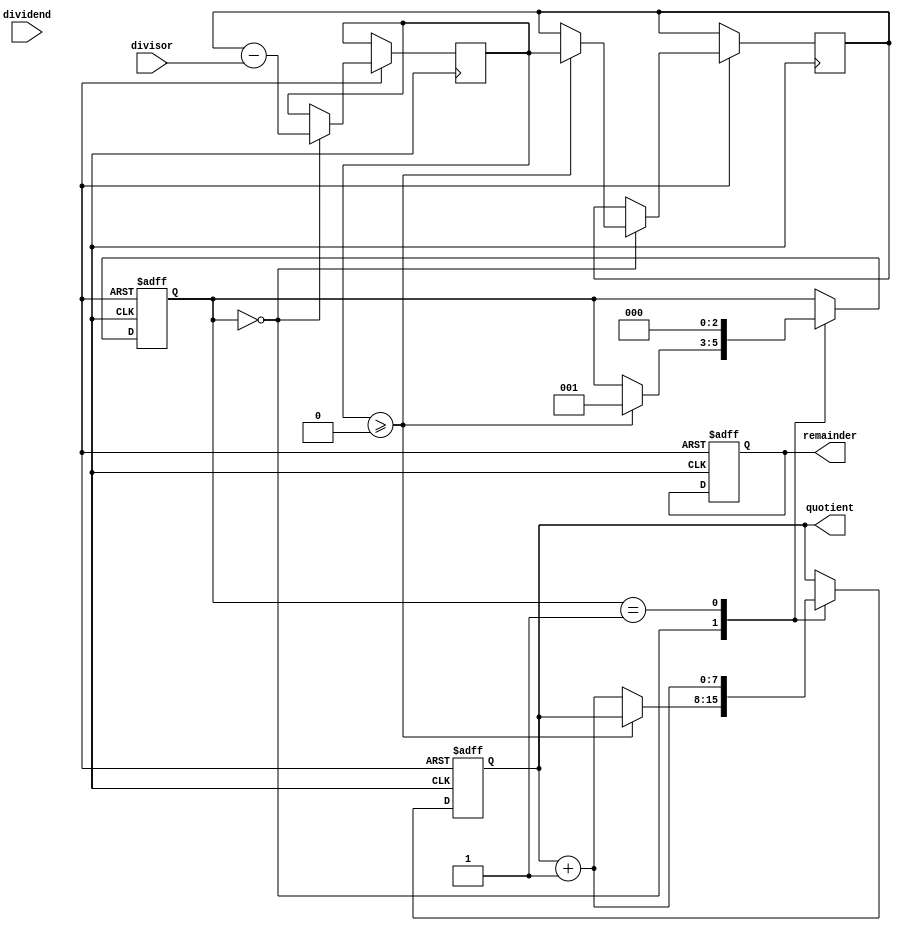
module divider (
    input [7:0] dividend,
    input [7:0] divisor,
    output reg [7:0] quotient,
    output reg [7:0] remainder
);

reg [7:0] subtractor_output;
reg [7:0] temp_dividend;
reg [2:0] state;

always @ (posedge clk or negedge rst_n) begin
    if (!rst_n) begin
        state <= 0;
        quotient <= 8'd0;
        remainder <= 8'd0;
    end else begin
        case (state)
            0: begin // Subtract divisor from dividend
                subtractor_output <= temp_dividend - divisor;
                if (subtractor_output >= 0) begin
                    temp_dividend <= subtractor_output;
                    state <= 1;
                end else begin
                    quotient <= quotient + 1;
                end
            end
            1: begin // Increment quotient and repeat subtraction
                quotient <= quotient + 1;
                state <= 0;
            end
        endcase
    end
end

endmodule